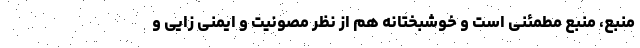
منبع، منبع مطمئنی است و خوشبختانه هم از نظر مصونیت و ایمنی زایی و